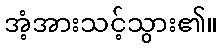
အံ့အားသင့်သွား၏။